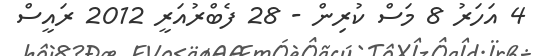
4 އަހަރު 8 މަސް ކުރިން - 28 ފެބްރުއަރީ 2012 ރައީސް